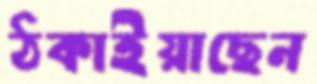
ঠকাইয়াছেন